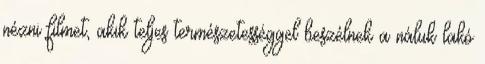
nézni filmet, akik teljes természetességgel beszélnek a náluk lakó